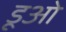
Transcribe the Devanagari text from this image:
डूओ